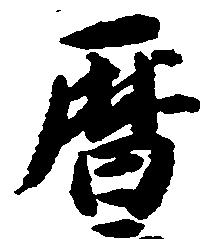
暦